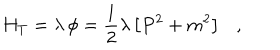
H _ { T } = \lambda \, \phi = \frac { 1 } { 2 } \lambda \left[ P ^ { 2 } + m ^ { 2 } \right] \ \ \ ,